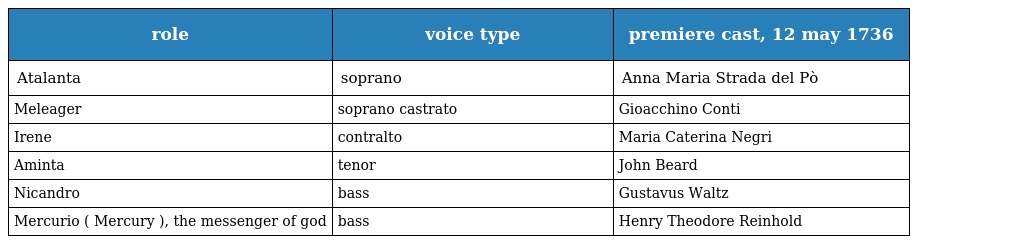
| role | voice type | premiere cast, 12 may 1736 |
 | --- | --- | --- |
 | Atalanta | soprano | Anna Maria Strada del Pò |
 | Meleager | soprano castrato | Gioacchino Conti |
 | Irene | contralto | Maria Caterina Negri |
 | Aminta | tenor | John Beard |
 | Nicandro | bass | Gustavus Waltz |
 | Mercurio ( Mercury ), the messenger of god | bass | Henry Theodore Reinhold |